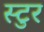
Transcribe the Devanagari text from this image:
स्टुर